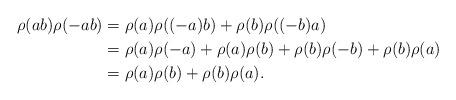
LaTeX: \begin{align*} \rho(ab)\rho(-ab)&=\rho(a)\rho((-a)b)+\rho(b)\rho((-b)a) \\ &=\rho(a)\rho(-a)+\rho(a)\rho(b)+\rho(b)\rho(-b)+\rho(b)\rho(a) \\ &=\rho(a)\rho(b)+\rho(b)\rho(a). \end{align*}